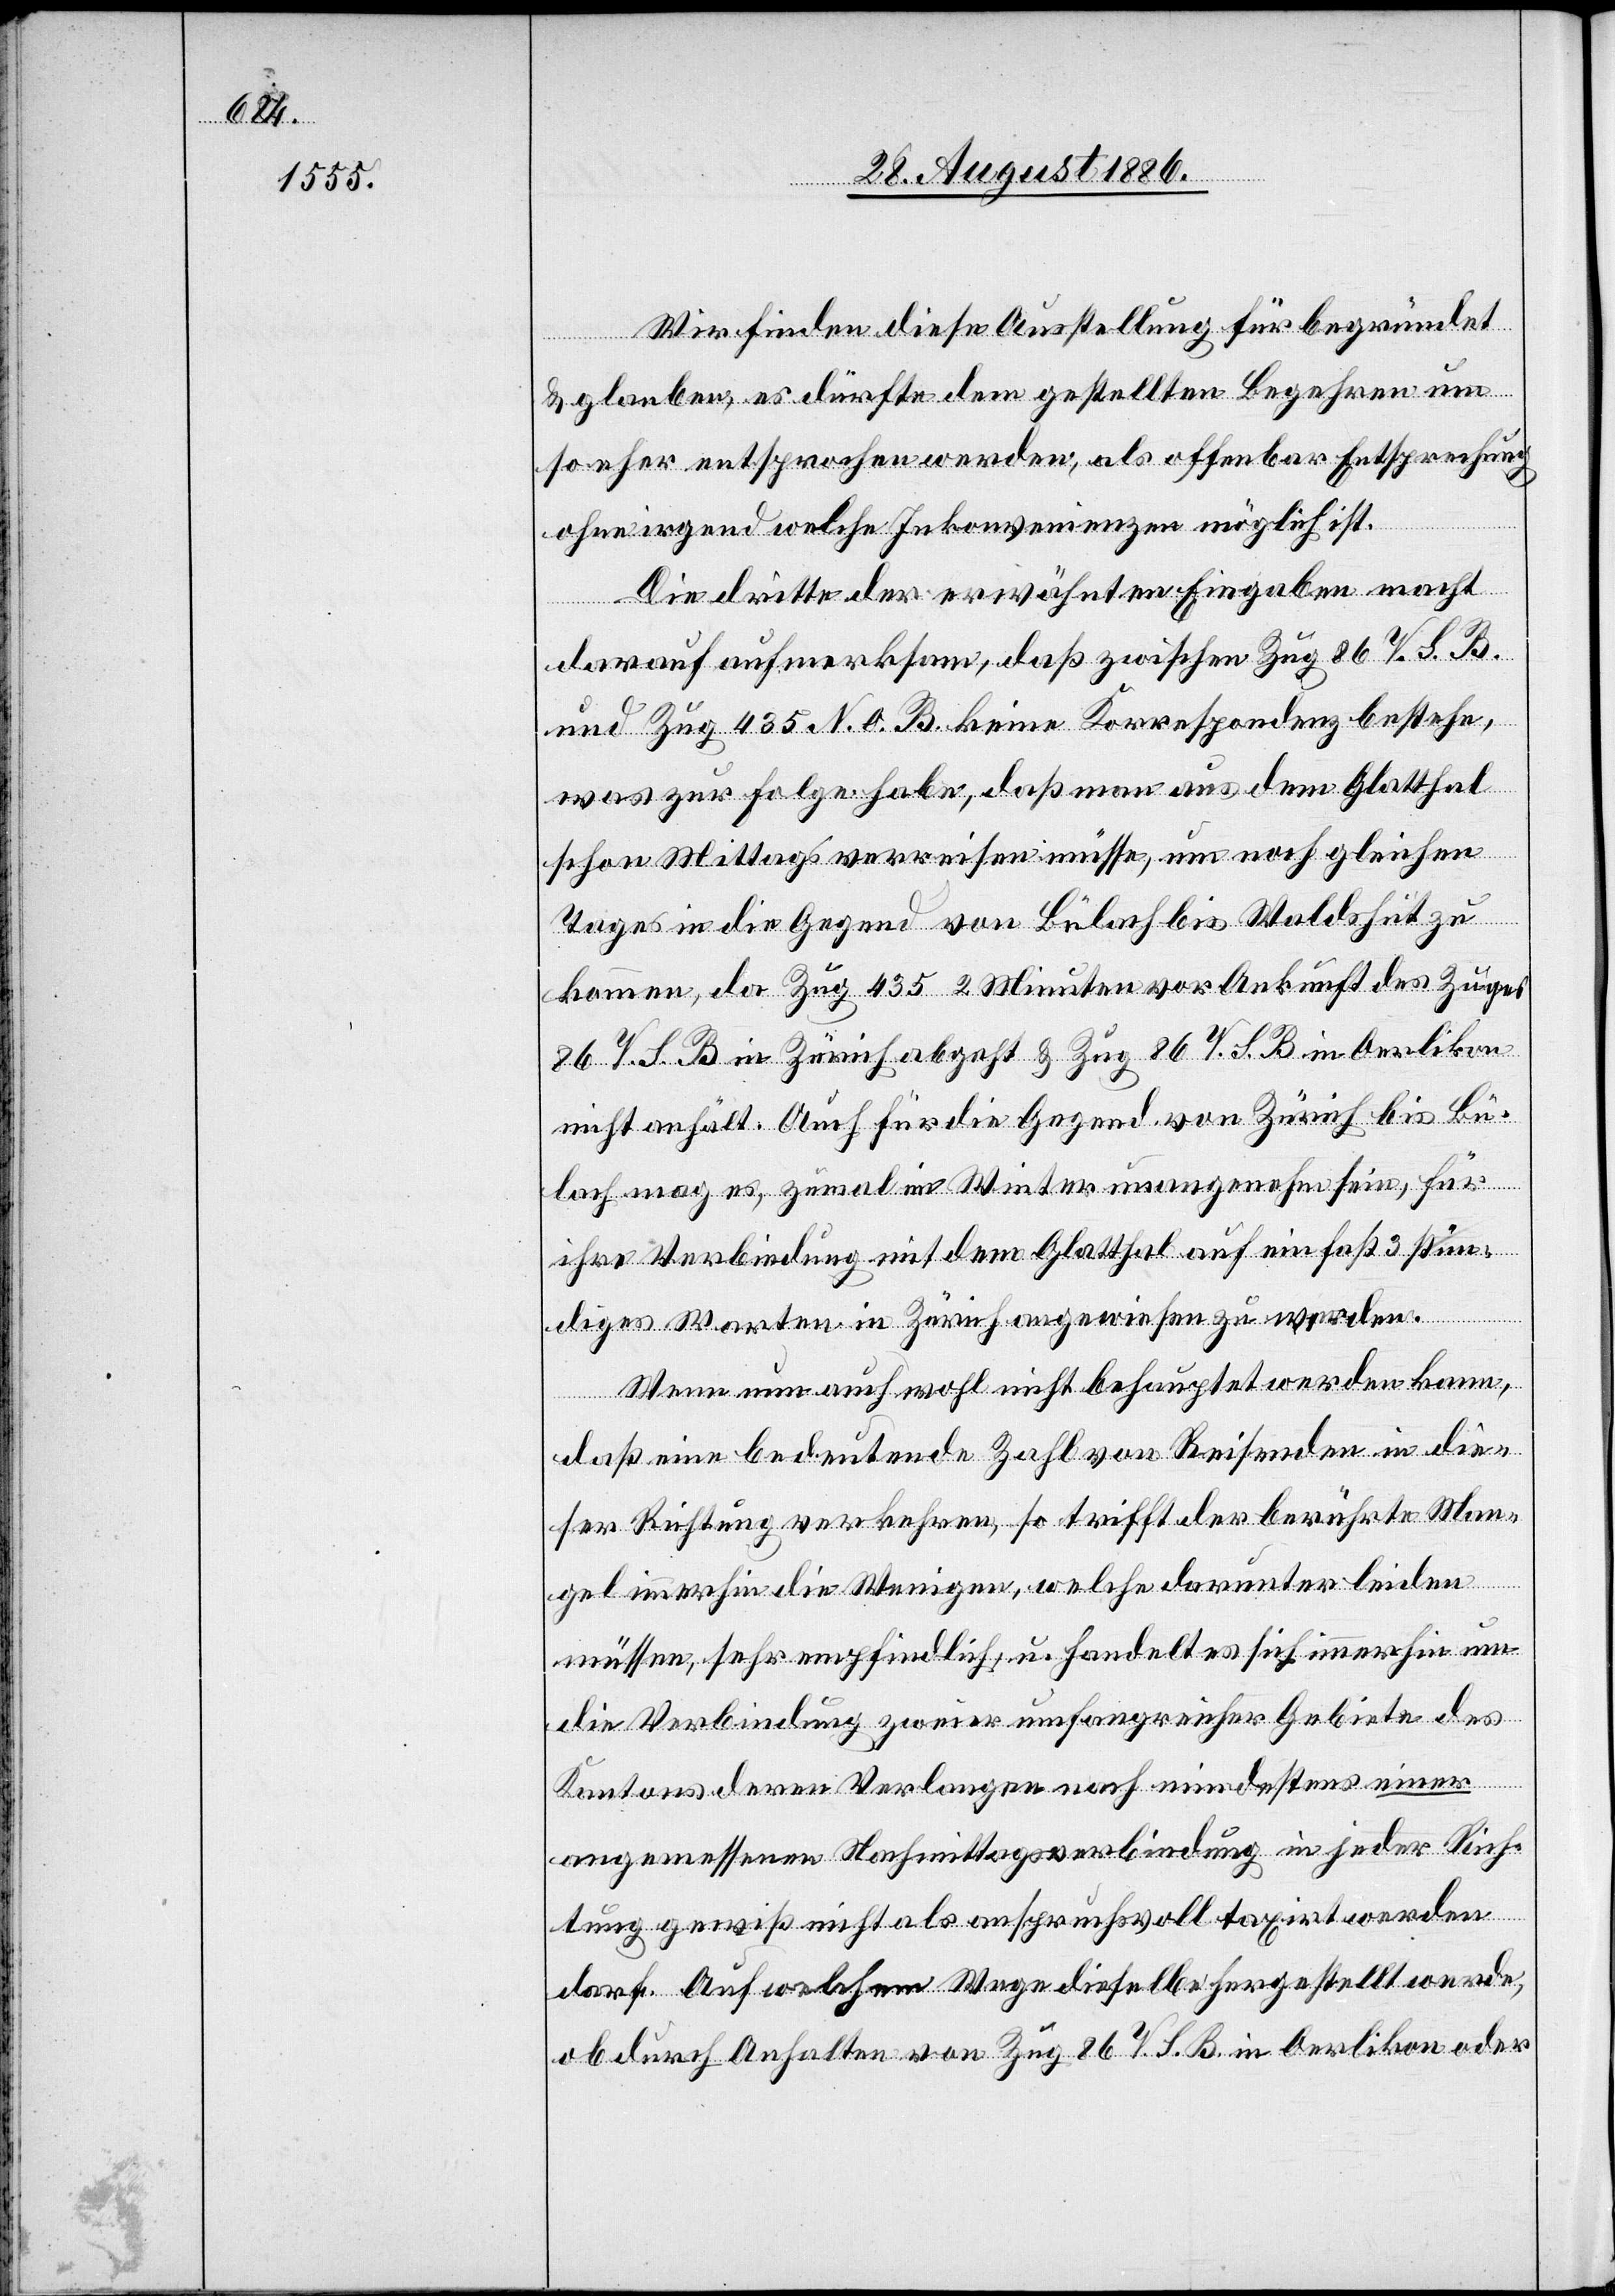
Wir finden diese Ausstellung für begründet
& glauben, es dürfte dem gestellten Begehren um
so eher entsprochen werden, als offenbar Entsprechung
ohne irgend welche Inkonvenienzen möglich ist.
Die dritte der erwähnten Eingaben macht
darauf aufmerksam, daß zwischen Zug 86 V. S. B.
u. Zug 435 N. O. B. keine Korrespondenz bestehe,
was zur Folge habe, daß man aus dem Glatthal
schon mittags verreisen müsse, um noch gleichen
Tages in die Gegend von Bülach bis Waldshut zu
kommen, da Zug 435 2 Minuten vor Ankunft des Zuges
86 V. S. B. in Zürich abgeht & Zug 86 V. S. B. in Oerlikon
nicht anhält. Auch für die Gegend von Zürich bis Bü¬
lach mag es, zumal im Winter unangenehm sein, für
ihre Verbindung mit dem Glatthal auf ein fast 3 stün¬
diges Warten in Zürich angewiesen zu werden.
Wenn nun auch wohl nicht behauptet werden kann,
daß eine bedeutende Zahl von Reisenden in die¬
ser Richtung verkehren, so trifft der berührte Man¬
gel immerhin die Wenigen, welche darunter leiden
müssen, sehr empfindlich, u. handelt es sich immerhin um
die Verbindung zweier umfangreicher Gebiete des
Kantons deren Verlangen nach mindestens einer
angemessenen Nachmittagsverbindung in jeder Rich¬
tung gewiß nicht als anspruchsvoll taxirt werden
darf. Auf welchem Wege dieselbe hergestellt werde,
ob durch Anhalten von Zug 86 V. S. B. in Oerlikon oder